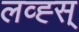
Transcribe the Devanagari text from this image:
लव्ह्स्